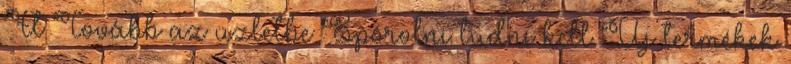
Ft Tovább az üzletbe Spórolni tudni kell Új termékek